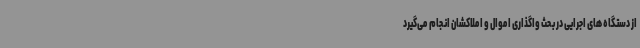
از دستگاه های اجرایی در بحث واگذاری اموال و املاکشان انجام می‌گیرد